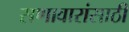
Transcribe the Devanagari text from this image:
सणावारांसाठी